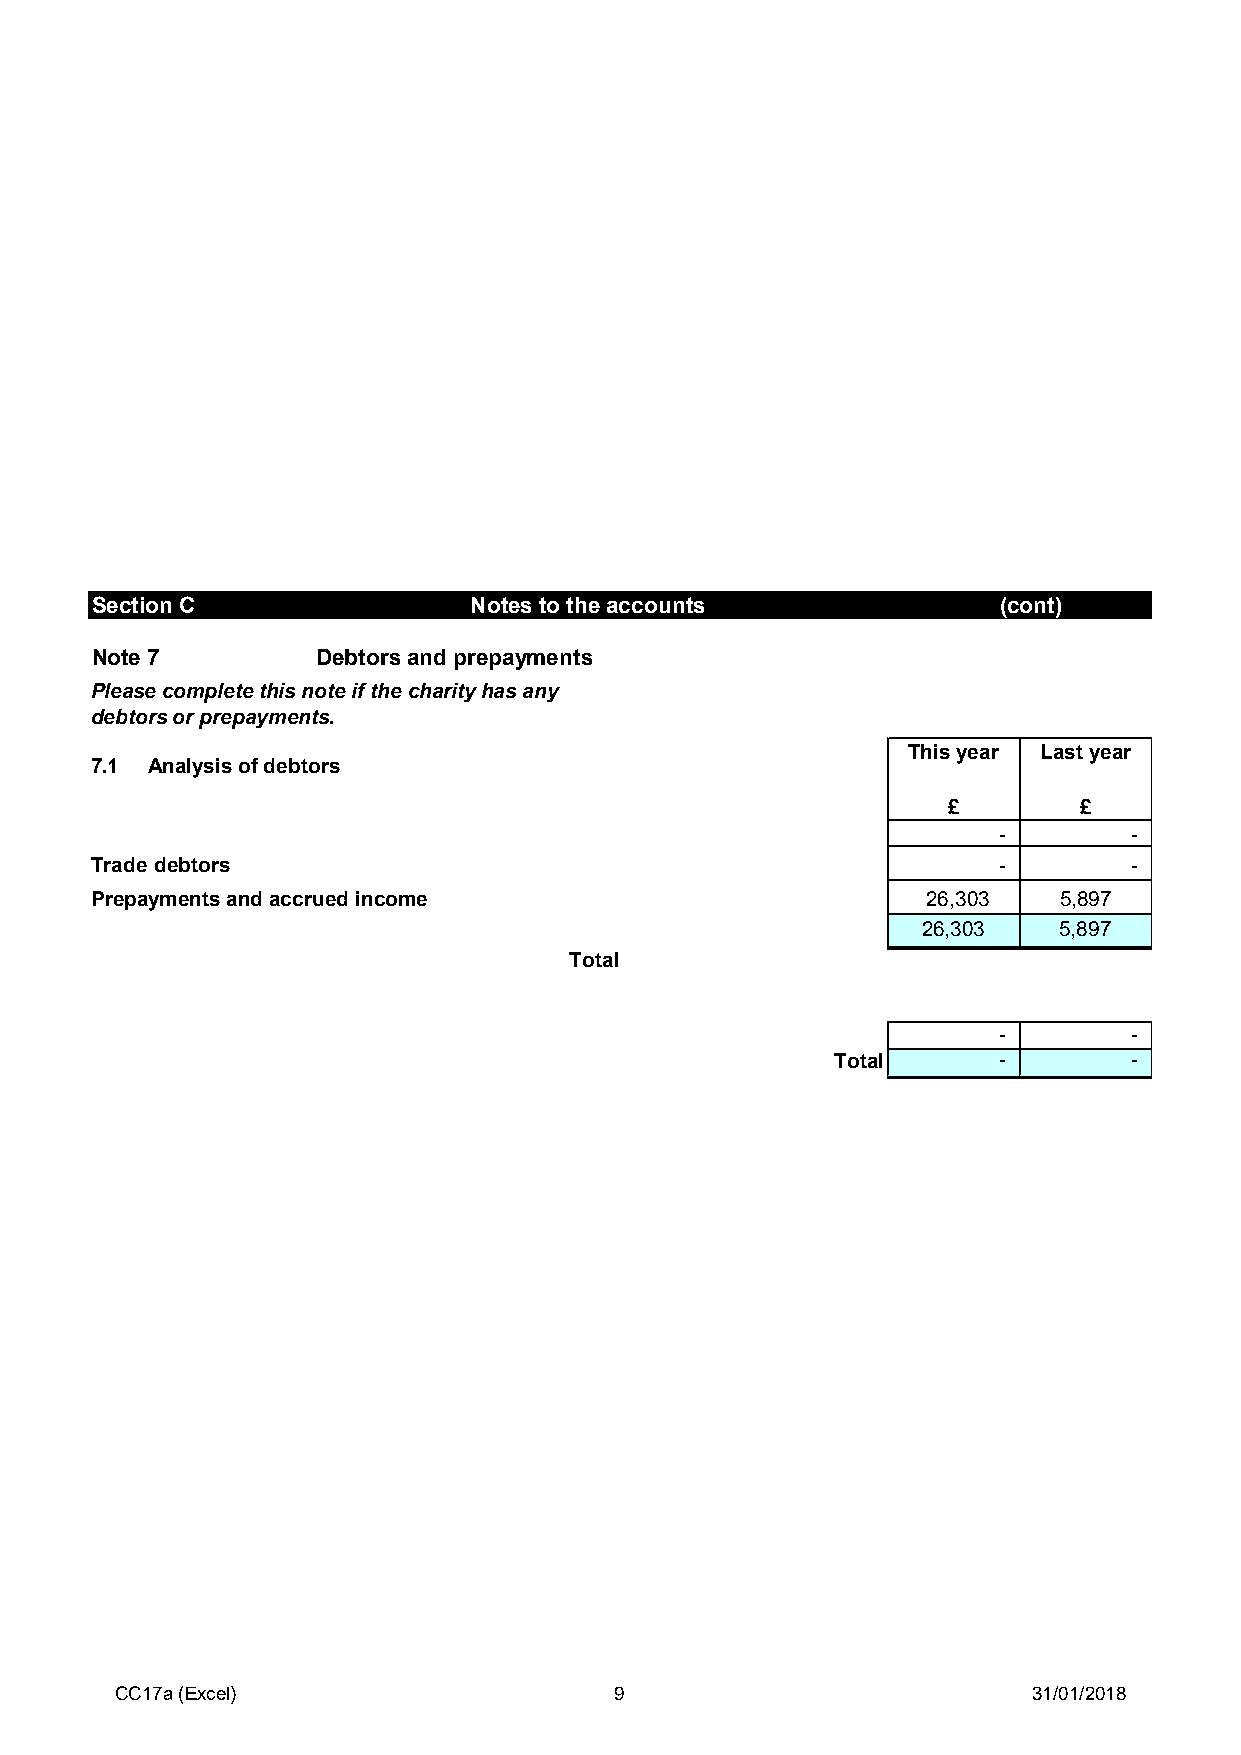
Section C                Notes to the accounts              (cont)
 Note 7         Debtors and prepayments
 Please complete this note if the charity has any
 debtors or prepayments.
 This year Last year
 7.1 Analysis of debtors
 £       £
 -        -
 Trade debtors                                               -        -
 Prepayments and accrued income                         26,303   5,897
 26,303   5,897
 Total
 -        -
 Total      -        -
 CC17a (Excel)                    9                          31/01/2018